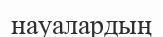
науалардың